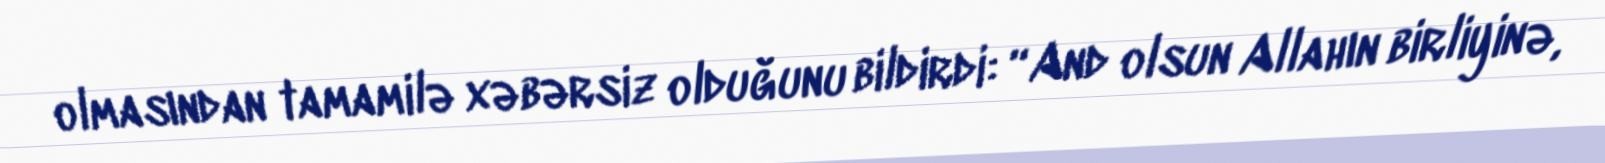
olmasından tamamilə xəbərsiz olduğunu bildirdi: “And olsun Allahın birliyinə,